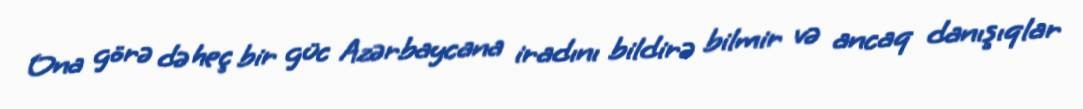
Ona görə də heç bir güc Azərbaycana iradını bildirə bilmir və ancaq danışıqlar